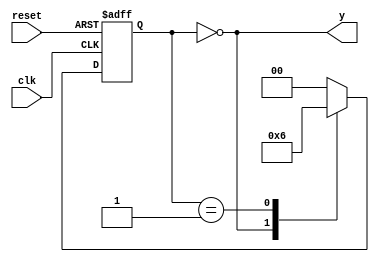
module divideby3fsm(    input clk,
                        input reset,
                        output y);
                        
        reg[1:0] state, nextstate;
        
        parameter S0 = 2'b00;
        parameter S1 = 2'b01;
        parameter S2 = 2'b10;
        
        //state register
        always @ (posedge clk, posedge reset)
        if(reset)   state <= S0;
        else        state <= nextstate;
        
        // next state logic
        always @ (*)
        case(state)
            S0: nextstate = S1;
            S1: nextstate = S2;
            S2: nextstate = S0;
            default: nextstate = S0;
        endcase
        
        // output logic
        assign y = (state == S0);
endmodule